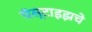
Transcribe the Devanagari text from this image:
चॅस्टाइझचे